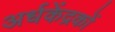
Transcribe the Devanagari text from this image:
अर्धकेंद्रकों